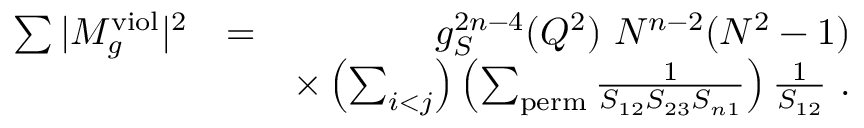
\begin{array} { r l r } { \sum \vert M _ { g } ^ { \mathrm { v i o l } } \vert ^ { 2 } } & { = } & { g _ { S } ^ { 2 n - 4 } ( Q ^ { 2 } ) ~ N ^ { n - 2 } ( N ^ { 2 } - 1 ) } \\ & { } & { \times \left( \sum _ { i < j } \right) \left( \sum _ { \mathrm { p e r m } } \frac { 1 } { S _ { 1 2 } S _ { 2 3 } S _ { n 1 } } \right) \frac { 1 } { S _ { 1 2 } } ~ . } \end{array}